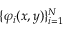
\{ \varphi _ { i } ( x , y ) \} _ { i = 1 } ^ { N }